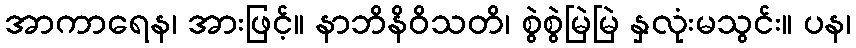
အာကာရေန၊ အားဖြင့်။ နာဘိနိဝိသတိ၊ စွဲစွဲမြဲမြဲ နှလုံးမသွင်း။ ပန၊